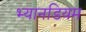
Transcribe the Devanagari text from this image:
भ्यानडियम